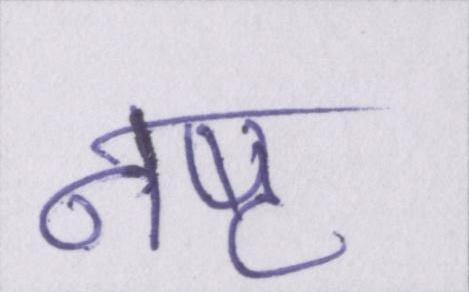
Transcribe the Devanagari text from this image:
नष्ट